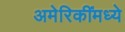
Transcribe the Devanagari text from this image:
अमेरिकींमध्ये